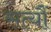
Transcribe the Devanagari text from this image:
सत्यौं